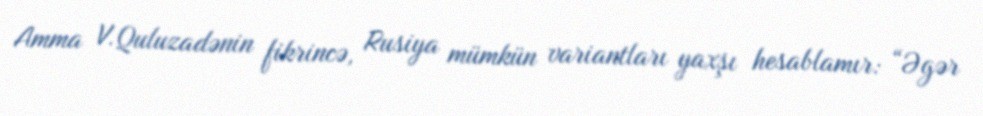
Amma V.Quluzadənin fikrincə, Rusiya mümkün variantları yaxşı hesablamır: “Əgər